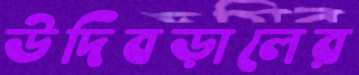
উদিবড়ালের